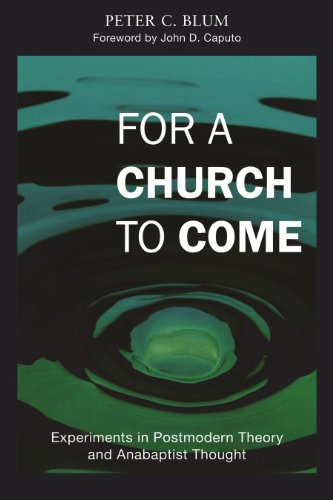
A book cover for For a Church to Come: Experiments in Postmodern Theory and Anabaptist Thought (Polyglossia); Peter C. Blum; Christian Books & Bibles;